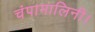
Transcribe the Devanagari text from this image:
चंपामालिनी।